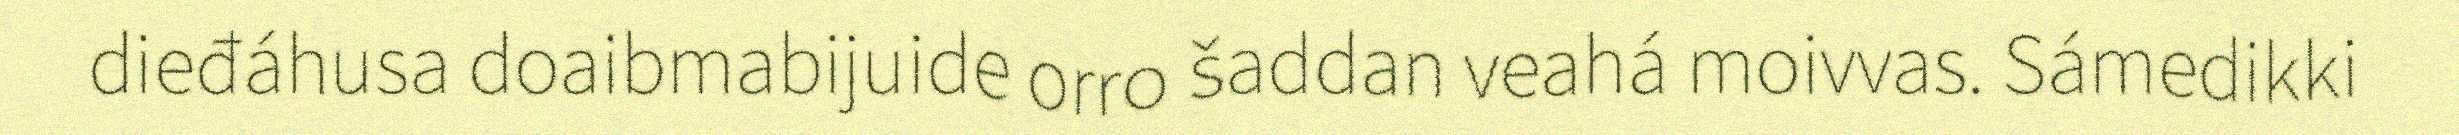
dieđáhusa doaibmabijuide orro šaddan veahá moivvas. Sámedikki